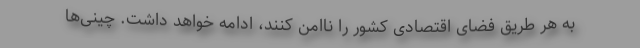
به هر طریق فضای اقتصادی کشور را ناامن کنند، ادامه خواهد داشت. چینی‌ها